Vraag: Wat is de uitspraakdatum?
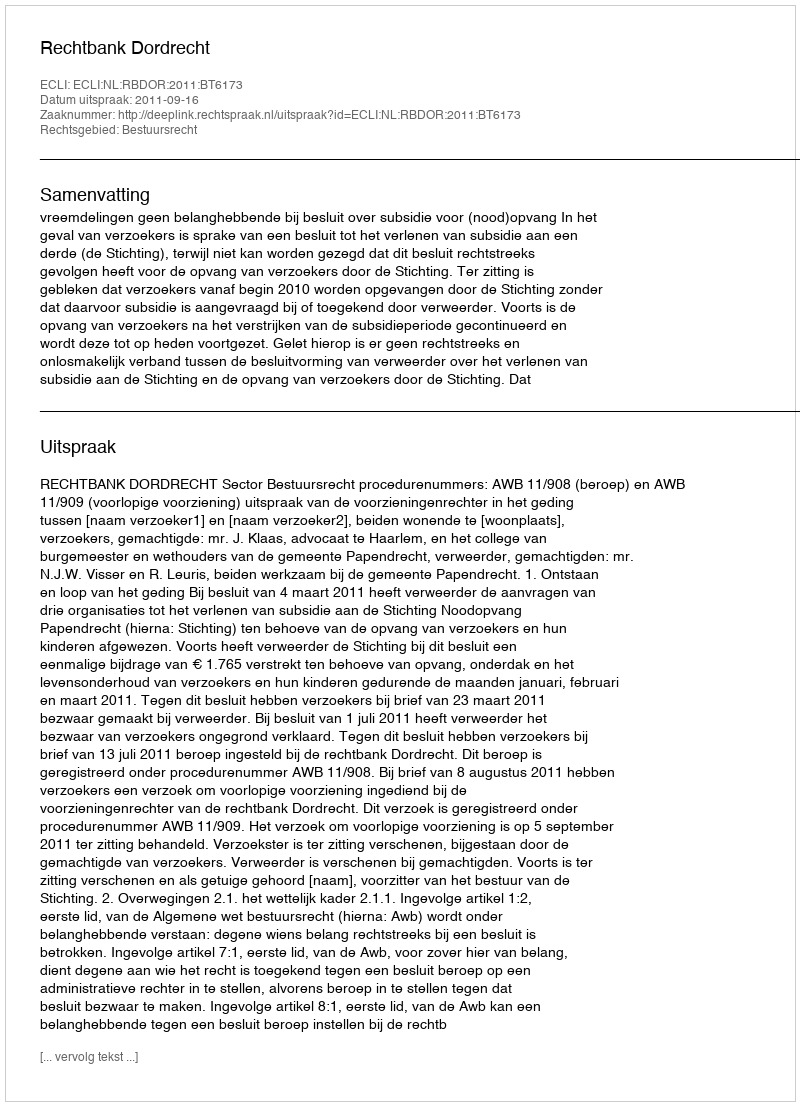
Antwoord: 2011-09-16